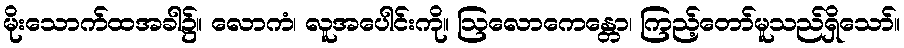
မိုးသောက်ထအခါ၌။ လောကံ၊ လူအပေါင်းကို။ ဩလောကေန္တော၊ ကြည့်တော်မူသည်ရှိသော်။